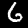
Digit: 6